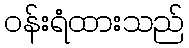
ဝန်းရံထားသည်